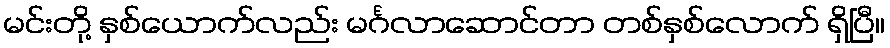
မင်းတို့ နှစ်ယောက်လည်း မင်္ဂလာဆောင်တာ တစ်နှစ်လောက် ရှိပြီ။